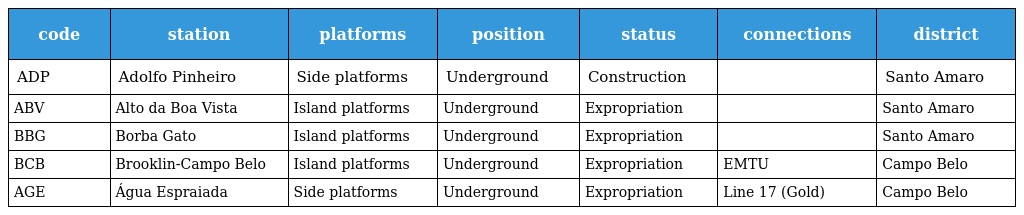
| code | station | platforms | position | status | connections | district |
 | --- | --- | --- | --- | --- | --- | --- |
 | ADP | Adolfo Pinheiro | Side platforms | Underground | Construction |  | Santo Amaro |
 | ABV | Alto da Boa Vista | Island platforms | Underground | Expropriation |  | Santo Amaro |
 | BBG | Borba Gato | Island platforms | Underground | Expropriation |  | Santo Amaro |
 | BCB | Brooklin-Campo Belo | Island platforms | Underground | Expropriation | EMTU | Campo Belo |
 | AGE | Água Espraiada | Side platforms | Underground | Expropriation | Line 17 (Gold) | Campo Belo |